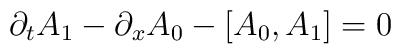
\partial_{t} A_{1} - \partial_{x} A_{0} - \left[ A_{0} , A_{1}\right]= 0